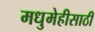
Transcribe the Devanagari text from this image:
मधुमेहीसाठी